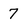
Character: 7